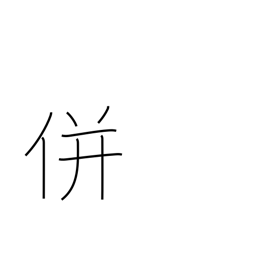
Meaning: unite